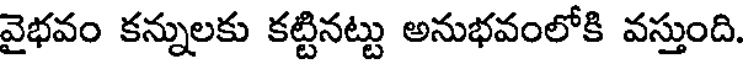
వైభవం కన్నులకు కట్టినట్టు అనుభవంలోకి వస్తుంది.